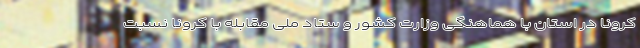
کرونا در استان با هماهنگی وزارت کشور و ستاد ملی مقابله با کرونا نسبت